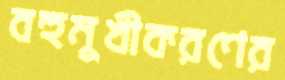
বহুমুখীকরণের